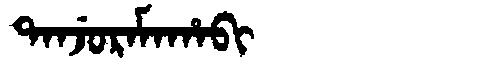
Manchu: ᡨᠠᠨᠵᡠᡵᠠᠮᠠᡥᠠᠪᡳ
Romanization: TANJURAMAHABI